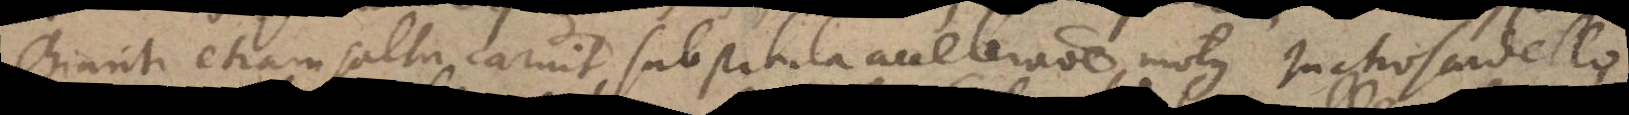
Chianti etiam saltu caruit, substituta acceleratione motus. In Moscadello